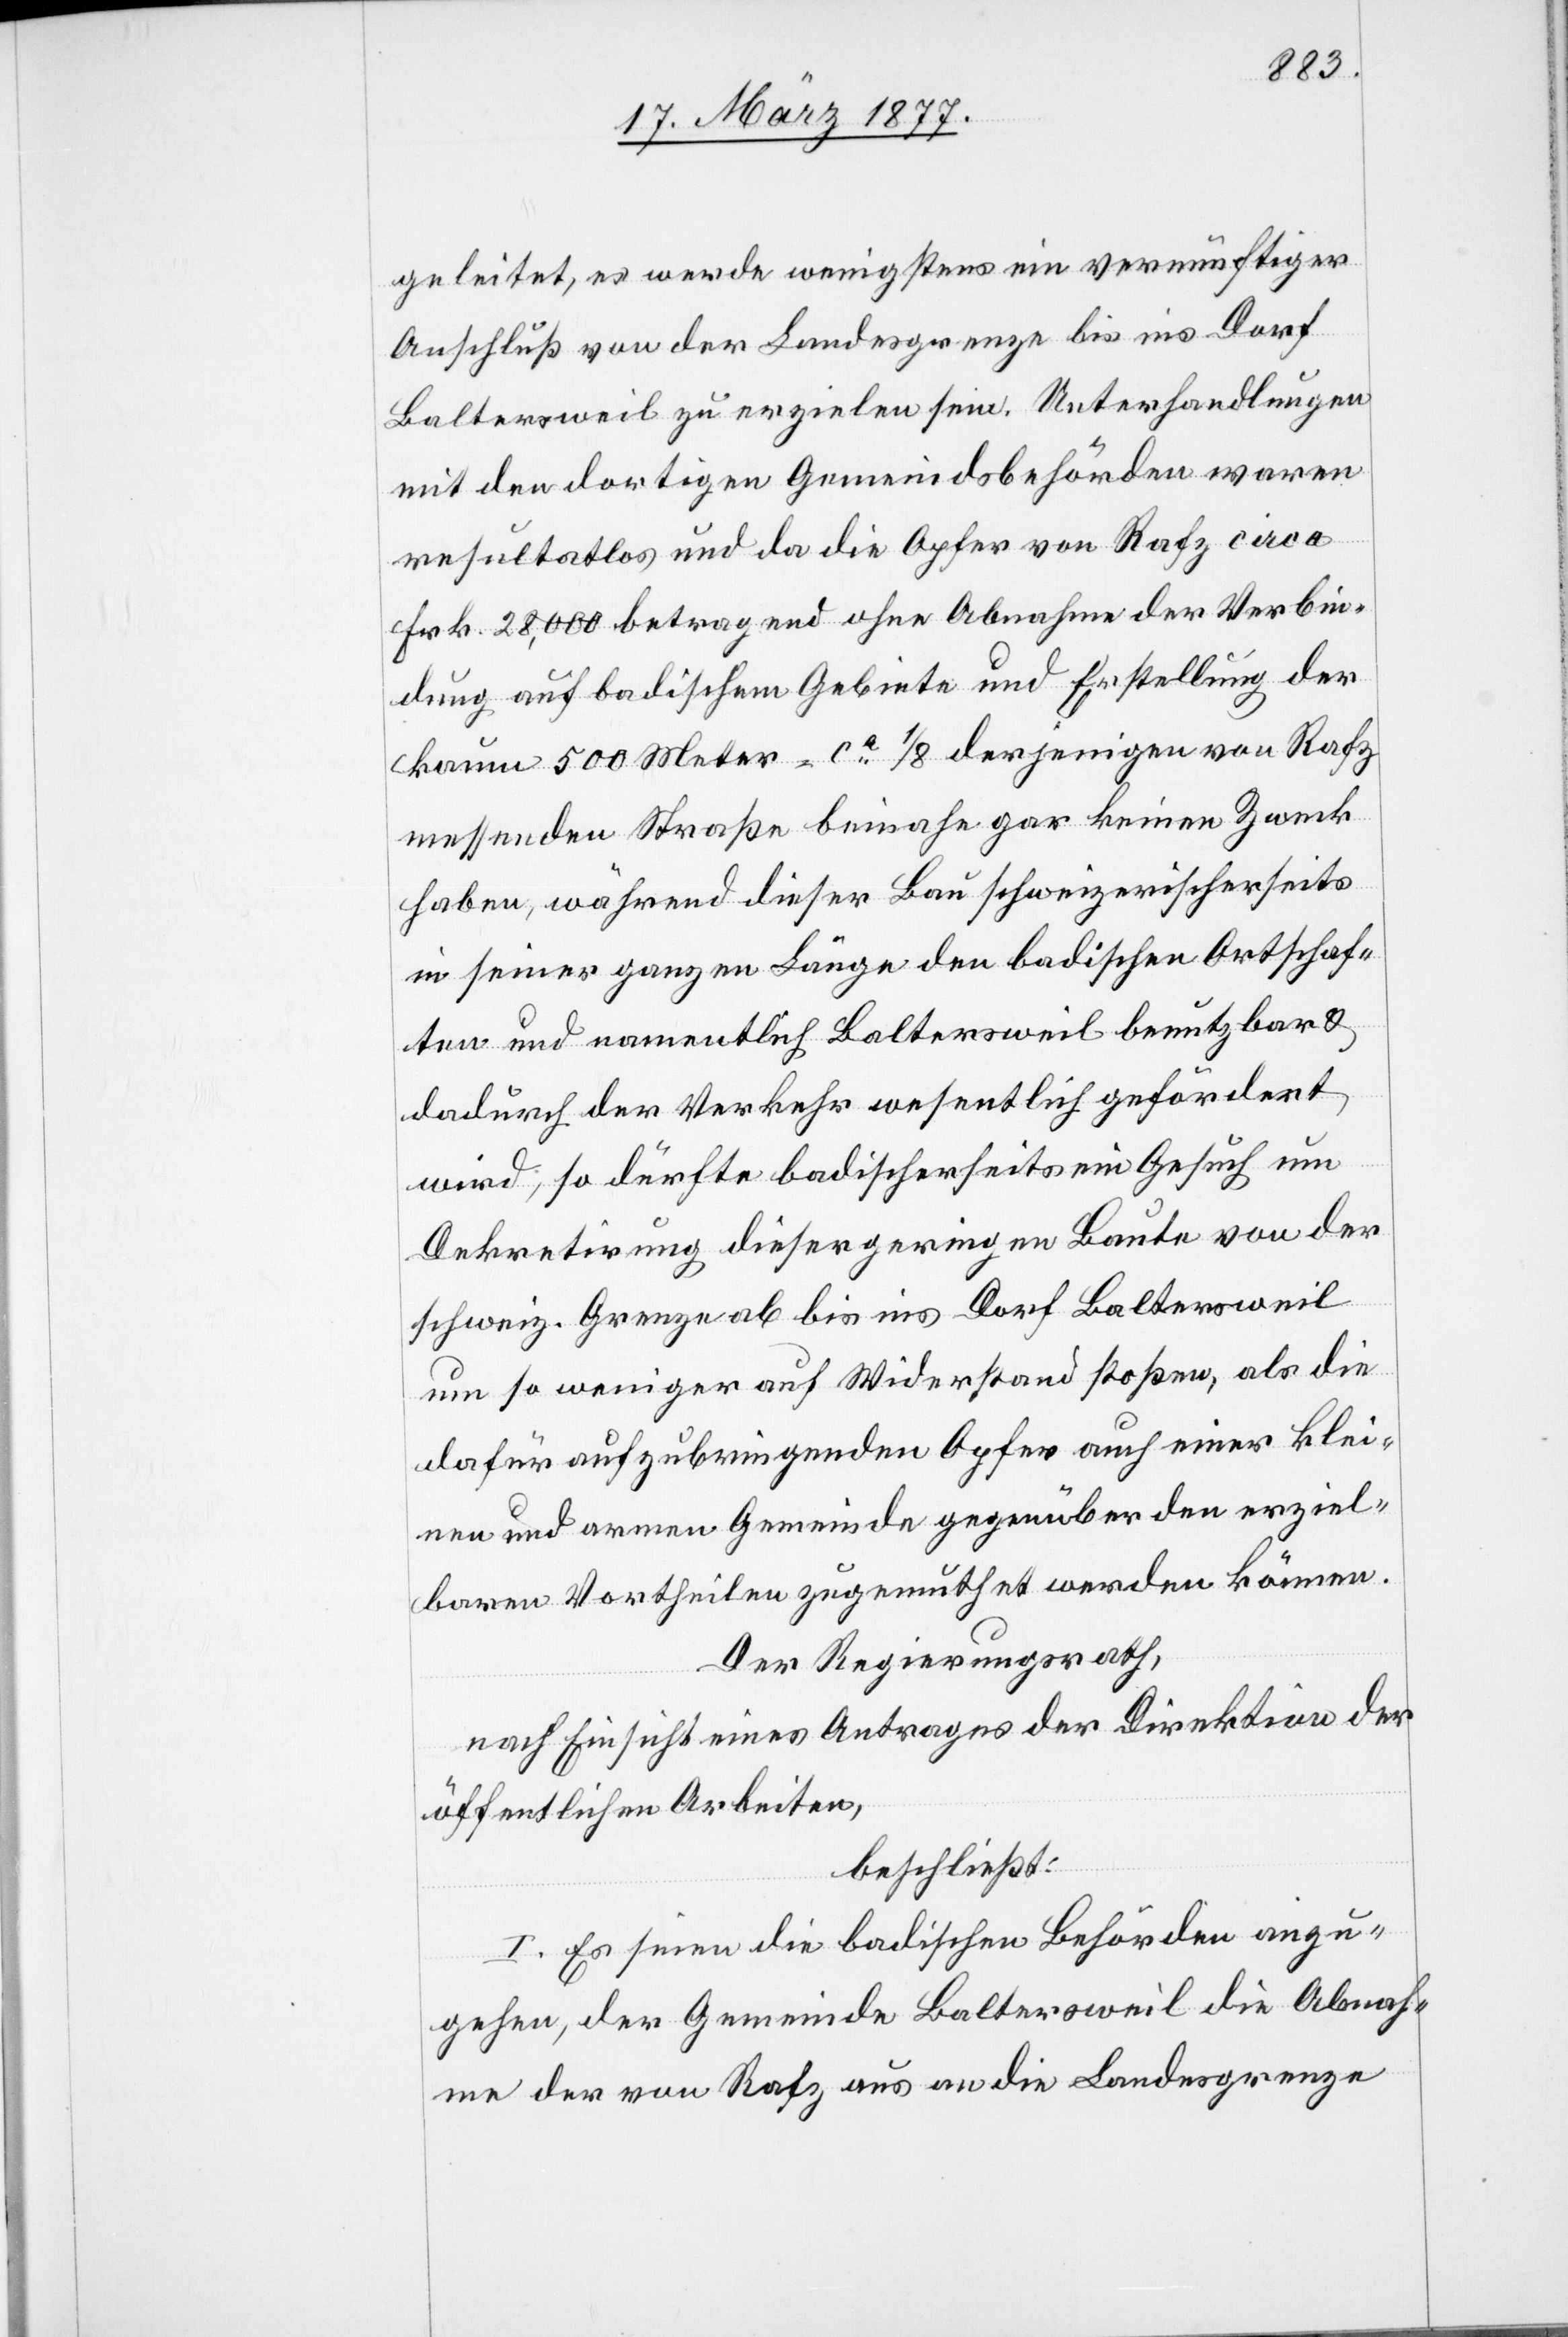
geleitet, es werde wenigstens ein vernünftiger
Anschluß von der Landesgrenze bis ins Dorf
Baltersweil zu erzielen sein. Unterhandlungen
mit den dortigen Gemeindsbehörden waren
resultatlos und da die Opfer von Rafz circa
Frk. 28,000 betragend ohne Abnahme der Verbin¬
dung auf badischem Gebiete und Erstellung der
kaum 500 Meter = ca 1/8 derjenigen von Rafz
messenden Straße beinahe gar keinen Zweck
haben, während dieser Bau schweizerischerseits
in seiner ganzen Länge den badischen Ortschaf¬
ten und namentlich Baltersweil benutzbar &
dadurch der Verkehr wesentlich gefördert
wird, so dürfte badischerseits ein Gesuch um
Dekretirung dieser geringen Baute von der
schweiz. Grenze ab bis ins Dorf Baltersweil
um so weniger auf Wiederstand stoßen, als die
dafür aufzubringenden Opfer auch einer klei¬
nen und armen Gemeinde gegenüber den erziel¬
baren Vortheilen zugemuthet werden können.
Der Regierungsrath,
nach Einsicht eines Antrages der Direktion der
öffentlichen Arbeiten,
beschließt:
I. Es seien die badischen Behörden anzu¬
gehen, der Gemeinde Baltersweil die Abnah¬
me der von Rafz aus an die Landesgrenze